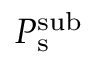
P _ { \mathrm { { s } } } ^ { \mathrm { { s u b } } }